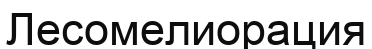
Лесомелиорация